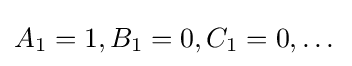
A_{1}=1,B_{1}=0,C_{1}=0,\dotsc